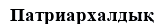
Патриархалдық